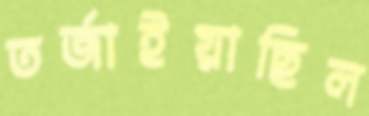
তর্জাইয়াছিল